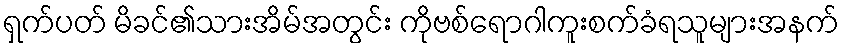
ရှက်ပတ် မိခင်၏သားအိမ်အတွင်း ကိုဗစ်ရောဂါကူးစက်ခံရသူများအနက်